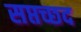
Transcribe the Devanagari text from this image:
सप्तच्छद